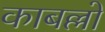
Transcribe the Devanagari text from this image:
काबल्लो